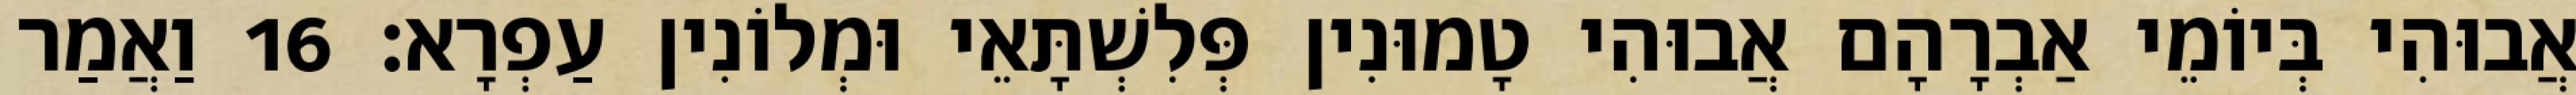
אֲבוּהִי בְּיוֹמֵי אַבְרָהָם אֲבוּהִי טָמוּנִין פְּלִשְׁתָּאֵי וּמְלוֹנִין עַפְרָא׃ 16 וַאֲמַר